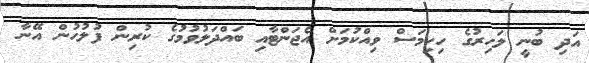
އަދި ބުނީ ލަހިރުގެ ހިކިމަސް ވިއްކުމަށް އެޖަންޓާއި ބައްދަލުވުމުގެ ކުރިން ފުލުހުން އޭނާ